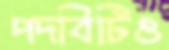
পদবিটিও